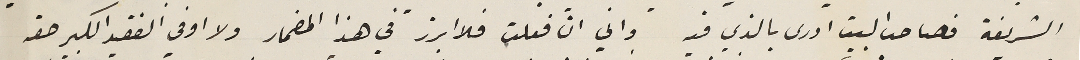
الشريفة فصاحب البيت ادرى بالذي فيه واني انّ فعلت فلا ابرز في هذا المضمار ولا اوفي الفقيد الكبير حقه